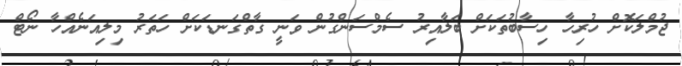
ޖުމްލަކޮށް ހުރިހާ ހިސާބުތަކަށް ބަލާއިރު ސެމްސަންގުން ވަނީ ގާތްގަނޑަކަށް ހަތަރު މިލިއަނެއްހާ ނޯޓް